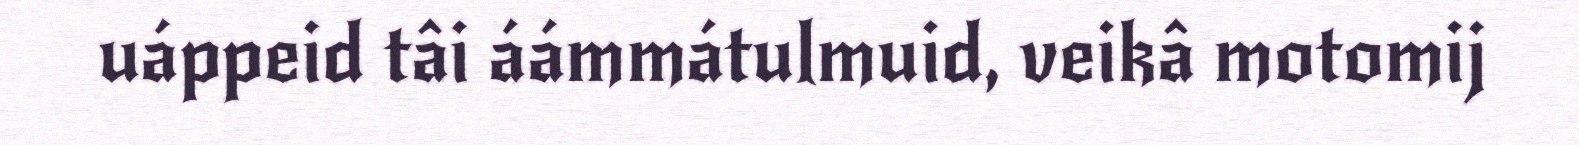
uáppeid tâi áámmátulmuid, veikâ motomij